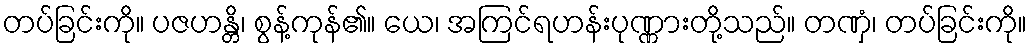
တပ်ခြင်းကို။ ပဇဟန္တိ၊ စွန့်ကုန်၏။ ယေ၊ အကြင်ရဟန်းပုဏ္ဏားတို့သည်။ တဏှံ၊ တပ်ခြင်းကို။